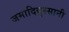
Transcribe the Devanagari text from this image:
जमादियुस्सानी